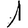
Digit: 1